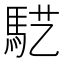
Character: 𱄓